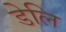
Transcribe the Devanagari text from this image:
डेलि